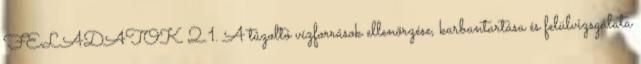
FELADATOK 2.1. A tûzoltó vízforrások ellenõrzése, karbantartása és felülvizsgálata